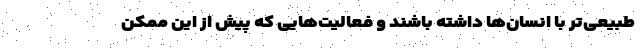
طبیعی‌تر با انسان‌ها داشته باشند و فعالیت‌هایی که پیش از این ممکن